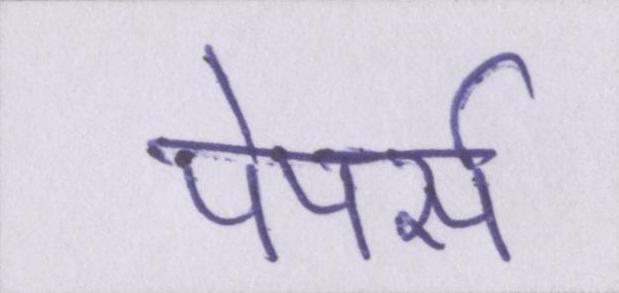
पेपर्स